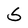
Character: S